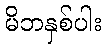
မိဘနှစ်ပါး